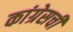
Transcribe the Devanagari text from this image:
कांग्रेसची